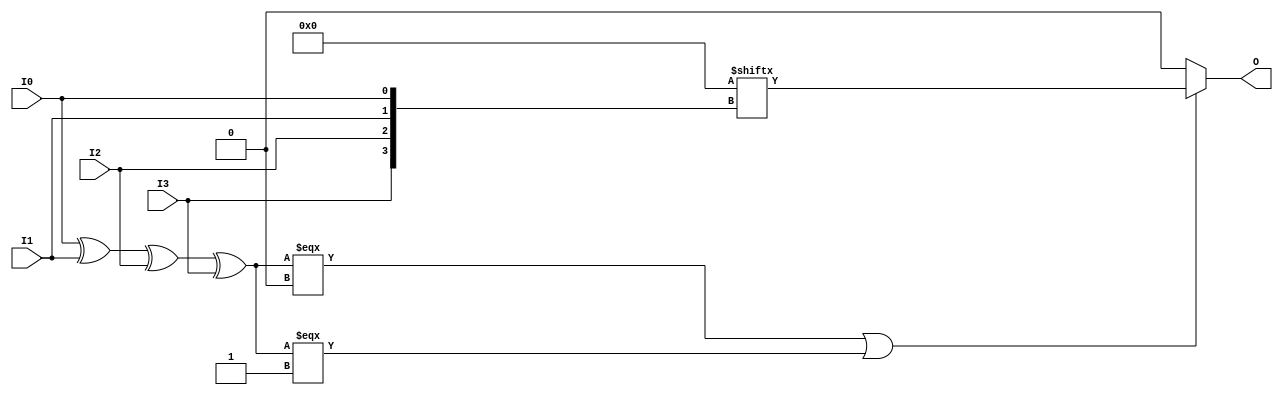
module LUT4 #(
`ifdef XIL_TIMING
  parameter LOC = "UNPLACED",
`endif
  parameter [15:0] INIT = 16'h0000
)(
  output O,

  input I0,
  input I1,
  input I2,
  input I3
);

// define constants
  localparam MODULE_NAME = "LUT4";

  reg trig_attr = 1'b0;
// include dynamic registers - XILINX test only
`ifdef XIL_DR
  `include "LUT4_dr.v"
`else
  reg [15:0] INIT_REG = INIT;
`endif

// begin behavioral model

  reg O_out;

  assign O = O_out;

  function lut_mux4_f;
  input [3:0] d;
  input [1:0] s;
  begin
    if (((s[1]^s[0]) === 1'b1) || ((s[1]^s[0]) === 1'b0))
      lut_mux4_f = d[s];
    else if ( ~(|d) || &d)
      lut_mux4_f = d[0];
    else if (((s[0] === 1'b1) || (s[0] === 1'b0)) && (d[{1'b0,s[0]}] === d[{1'b1,s[0]}]))
      lut_mux4_f = d[{1'b0,s[0]}];
    else if (((s[1] === 1'b1) || (s[1] === 1'b0)) && (d[{s[1],1'b0}] === d[{s[1],1'b1}]))
      lut_mux4_f = d[{s[1],1'b0}];
    else
      lut_mux4_f = 1'bx;
  end
  endfunction

 always @(I0 or I1 or I2 or I3)  begin
   if ( (I0 ^ I1  ^ I2 ^ I3) === 1'b0 || (I0 ^ I1  ^ I2 ^ I3) === 1'b1)
    O_out = INIT_REG[{I3, I2, I1, I0}];
   else if ( ~(|INIT_REG) || &INIT_REG )
    O_out = INIT_REG[0];
   else
    O_out = lut_mux4_f ({lut_mux4_f (INIT_REG[15:12], {I1, I0}),
                     lut_mux4_f ( INIT_REG[11:8], {I1, I0}),
                     lut_mux4_f (  INIT_REG[7:4], {I1, I0}),
                     lut_mux4_f (  INIT_REG[3:0], {I1, I0})}, {I3, I2});
  end

// end behavioral model

`ifdef XIL_TIMING
  specify
	(I0 => O) = (0:0:0, 0:0:0);
	(I1 => O) = (0:0:0, 0:0:0);
	(I2 => O) = (0:0:0, 0:0:0);
	(I3 => O) = (0:0:0, 0:0:0);
	specparam PATHPULSE$ = 0;
  endspecify
`endif

endmodule